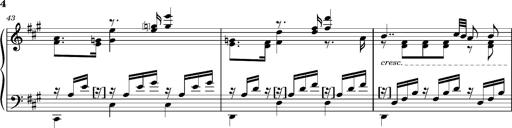
Title: Cavatine de Robert le Diable
Composer: Franz Liszt
Key: F-sharp minor